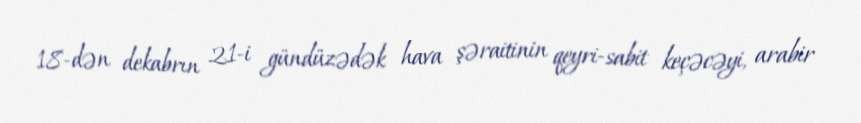
18-dən dekabrın 21-i gündüzədək hava şəraitinin qeyri-sabit keçəcəyi, arabir